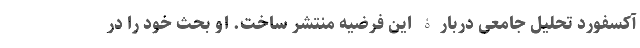
آکسفورد تحلیل جامعی دربارۀ این فرضیه منتشر ساخت. او بحث خود را در